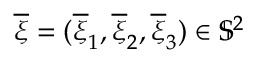
\overline { { \xi } } = ( \overline { { \xi } } _ { 1 } , \overline { { \xi } } _ { 2 } , \overline { { \xi } } _ { 3 } ) \in \mathbb { S } ^ { 2 }